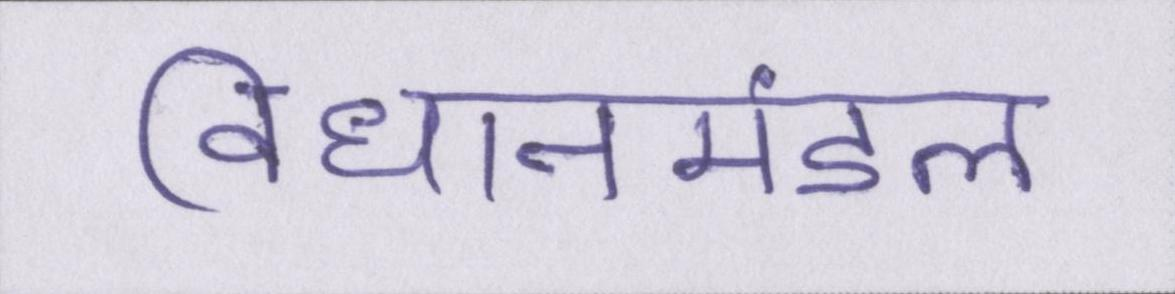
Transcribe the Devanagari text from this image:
विधानमंडल